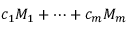
c _ { 1 } M _ { 1 } + \cdots + c _ { m } M _ { m }